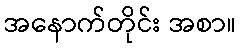
အနောက်တိုင်း အစာ။